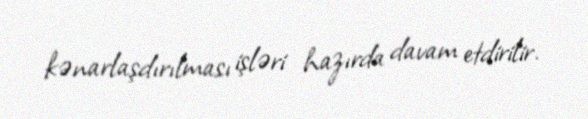
kənarlaşdırılması işləri hazırda davam etdirilir.